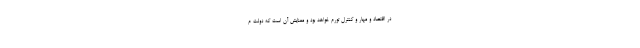
در اقتصاد و مهار و کنترل تورم خواهد بود و معنایش آن است که دولت م